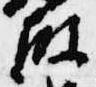
殿